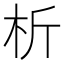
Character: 析